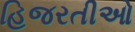
હિજરતીઓ